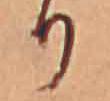
り